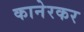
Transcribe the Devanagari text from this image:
कानेरकर